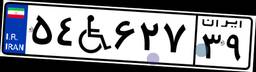
۵۴W۶۲۷۳۹